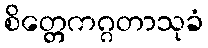
စိတ္တေကဂ္ဂတာသုခံ